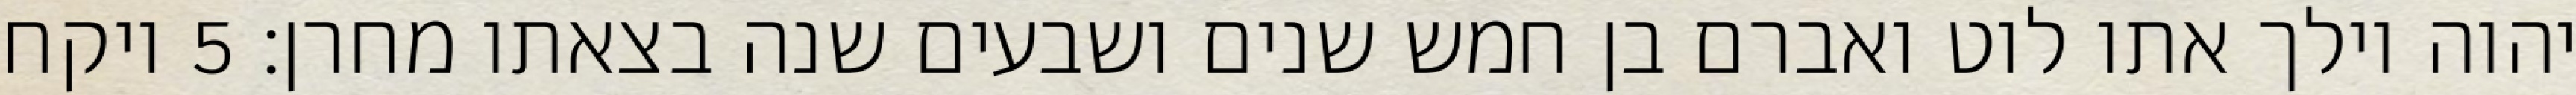
יהוה וילך אתו לוט ואברם בן חמש שנים ושבעים שנה בצאתו מחרן׃ ‎5‏ ויקח